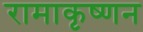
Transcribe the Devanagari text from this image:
रामाकृष्णन